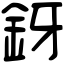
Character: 釾